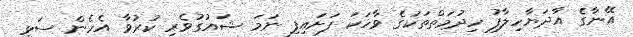
އޭނާގެ އާދަޔާހިލާފު ހިދުމަތްތަކުގެ ވާހަކަ ފަށައިފި ނަމަ ޝައުގުވެރި ކުރުވާ އެހެން ސަޅި